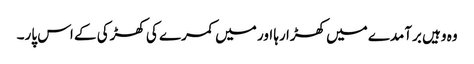
وہ وہیں برآمدے میں کھڑا رہا اور میں کمرے کی کھڑکی کے اس پار۔